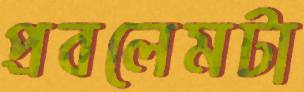
প্রবলেমটা